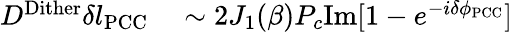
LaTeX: \begin{array}{rl}{D^{\mathrm{Dither}}\delta l_{\mathrm{PCC}}}&{{}\sim 2J_{1}(\beta)P_{c}\mathrm{Im}[1-e^{-i\delta\phi_{\mathrm{PCC}}}]}\end{array}